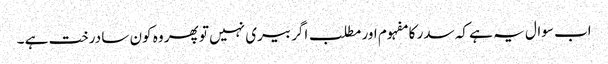
اب سوال یہ ہے کہ سدر کا مفہوم اور مطلب اگر بیری نہیں تو پھر وہ کون سا درخت ہے ۔